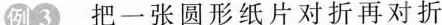
例3 把一张圆形纸片对折再对折